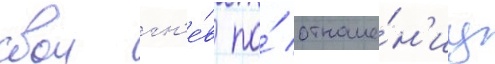
свои гн'е́в по́ отноше́н'иу